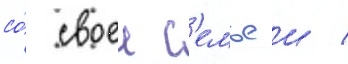
со́ своеи с'емьеи /